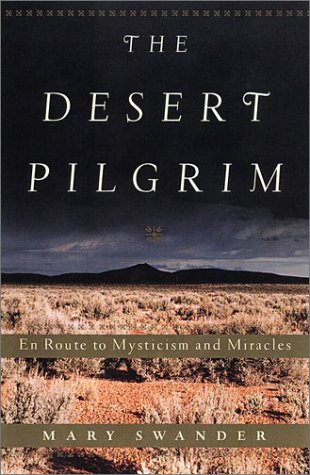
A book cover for The Desert Pilgrim: En Route to Mysticism and Miracles; Mary Swander; Health, Fitness & Dieting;